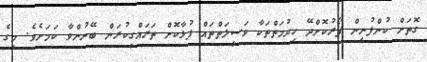
ގޮތަށް ކުންފުނިން ފޯރުކޮށްދޭ ހިދުމަތްތަކާ ވަސީލަތްތައް ފުޅާކޮށް ތަރައްގީކުރަން ބޭނުންވާ ކަމަށެވެ. މީގެ